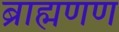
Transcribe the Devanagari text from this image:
ब्राह्मणण